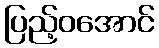
ပြည့်ဝအောင်